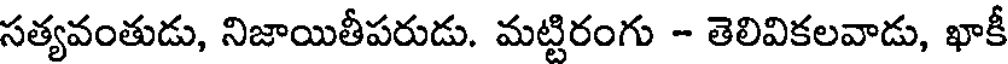
సత్యవంతుడు, నిజాయితీపరుడు. మట్టిరంగు - తెలివికలవాడు, ఖాకీ